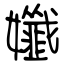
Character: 孅